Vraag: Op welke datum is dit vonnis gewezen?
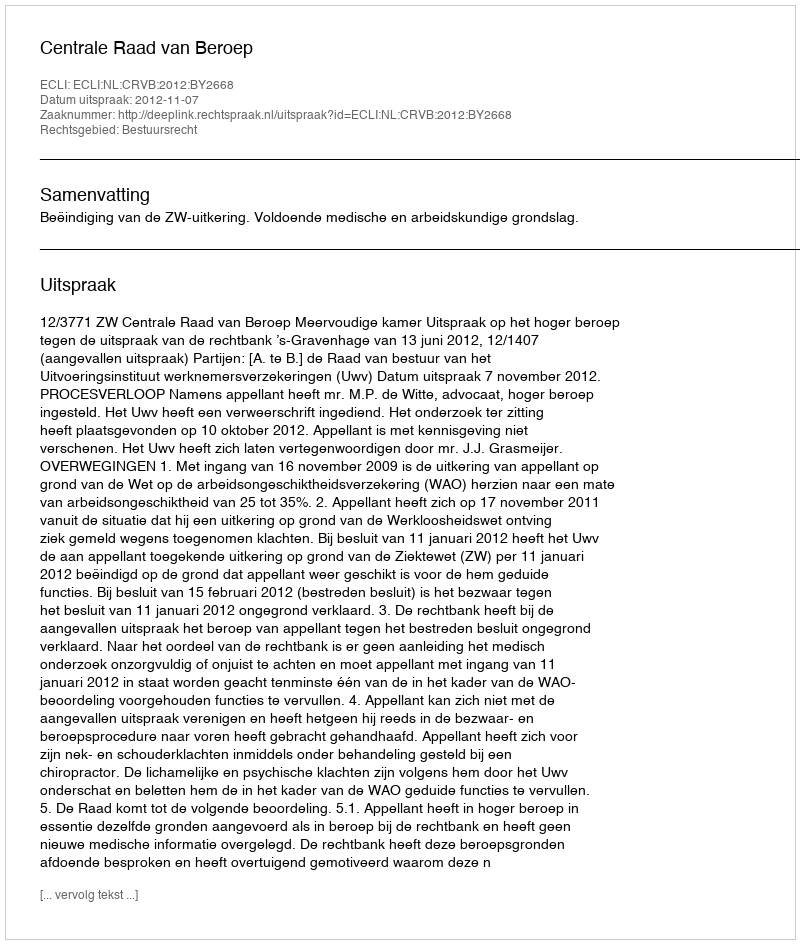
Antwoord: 2012-11-07